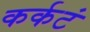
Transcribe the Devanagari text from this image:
कर्कटं